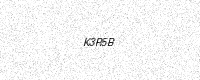
Text: K3R5B